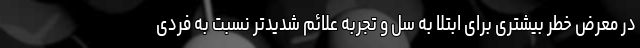
در معرض خطر بیشتری برای ابتلا به سل و تجربه علائم شدیدتر نسبت به فردی